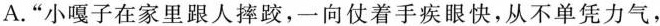
A.“小嘎子在家里跟人摔跤，一向仗着手疾眼快,从不单凭力气，